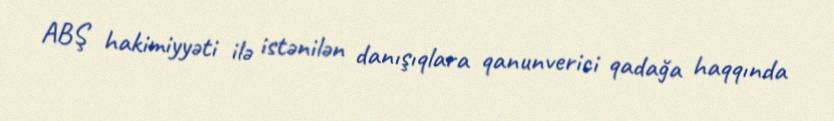
ABŞ hakimiyyəti ilə istənilən danışıqlara qanunverici qadağa haqqında